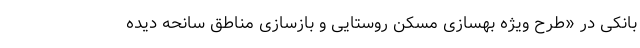
بانکی در «طرح ویژه بهسازی مسکن روستایی و بازسازی مناطق سانحه دیده